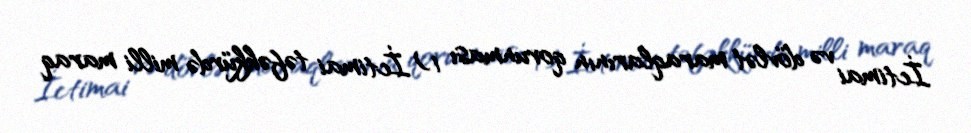
İctimai və dövlət maraqlarının qorunması 1) İctimai təfəkkürdə milli maraq